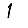
Digit: 1